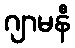
ဂျာမနီ